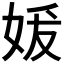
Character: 𪥲